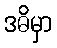
ဒဓိမှာ